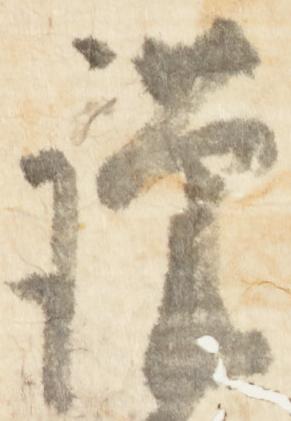
謹